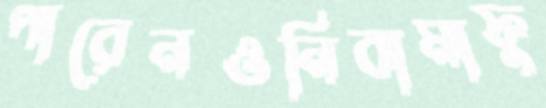
পারেনওনিবামাফু